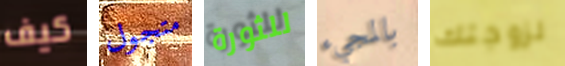
كيف متجول للثورة بالمجيء لزوجتك